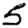
Digit: 5